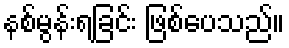
နစ်မွန်းရခြင်း ဖြစ်ပေသည်။